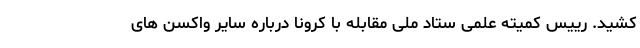
کشید. رییس کمیته علمی ستاد ملی مقابله با کرونا درباره سایر واکسن های